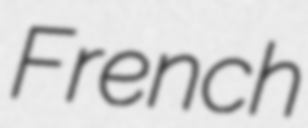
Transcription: French